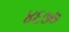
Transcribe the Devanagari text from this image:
४६७७